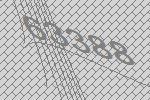
63388